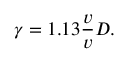
\gamma = 1 . 1 3 \frac { v } { v } { { D } } .